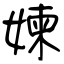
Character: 媡